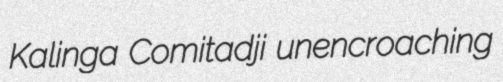
Kalinga Comitadji unencroaching